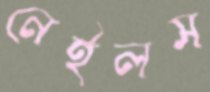
নেইলস